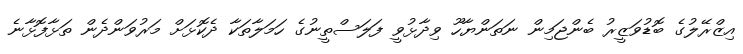
އިޒްރޭލުގެ ބޮޑުވަޒީރު ބެންޖަމިން ނަތަންޔާހޫ ވިދާޅުވީ ފަލަސްތީނުގެ ހަމަލާތަކާ ދެކޮޅަށް މަރުވަންދެން ތަޅާފޮޅާނެ